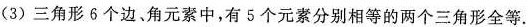
(3)三角形6个边、角元素中，有5个元素分别相等的两个三角形全等.